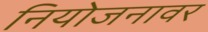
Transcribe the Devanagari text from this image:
नियोजनावर